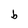
Character: b